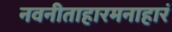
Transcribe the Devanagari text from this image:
नवनीताहारमनाहारं